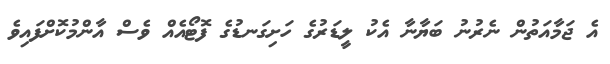
އެ ޖަމާއަތުން ނެރުނު ބަޔާނާ އެކު ލީޑަރުގެ ހަށިގަނޑުގެ ފޮޓޯއެއް ވެސް އާންމުކޮށްފައިވެ